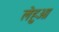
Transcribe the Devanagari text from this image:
लेहुआ